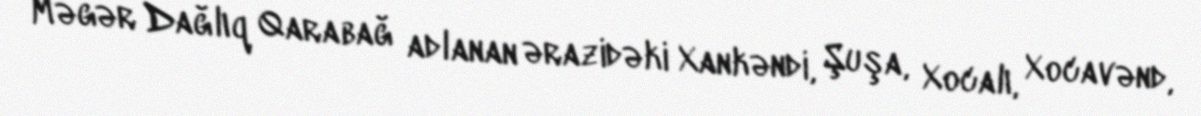
Məgər Dağlıq Qarabağ adlanan ərazidəki Xankəndi, Şuşa, Xocalı, Xocavənd,